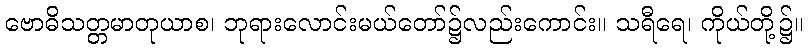
ဗောဓိသတ္တမာတုယာစ၊ ဘုရားလောင်းမယ်တော်၌လည်းကောင်း။ သရီရေ၊ ကိုယ်တို့၌။